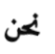
نحن